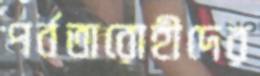
পর্বতারোহীদের